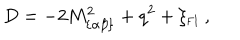
LaTeX: D = - 2 M _ { \{ \alpha \beta \} } ^ { 2 } + q ^ { 2 } + \xi _ { \mathrm { { \small F I } } } ~ ,